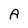
Character: A